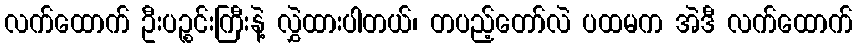
လက်ထောက် ဦးပဉ္စင်းကြီးနဲ့ လွှဲထားပါတယ်၊ တပည့်တော်လဲ ပထမက အဲဒီ လက်ထောက်